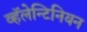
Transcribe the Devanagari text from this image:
व्हॅलेन्टिनियन